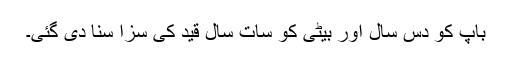
باپ کو دس سال اور بیٹی کو سات سال قید کی سزا سنا دی گئی۔